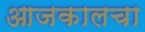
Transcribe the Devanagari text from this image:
आजकालचा